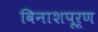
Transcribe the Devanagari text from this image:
विनाशपूर्ण